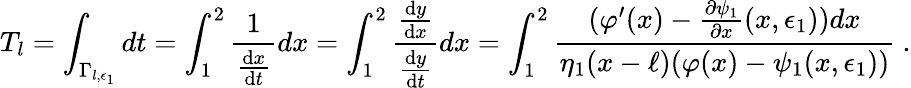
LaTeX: T_{l}=\int_{\Gamma_{l,\epsilon_{1}}}dt=\int_{1}^{2}\frac{1}{\frac{\mathrm{d}x}{\mathrm{d}t}}dx=\int_{1}^{2}\frac{\frac{\mathrm{d}y}{\mathrm{d}x}}{\frac{\mathrm{d}y}{\mathrm{d}t}}dx=\int_{1}^{2}\frac{(\varphi^{\prime}(x)-\frac{\partial\psi_{1}}{\partial x}(x,\epsilon_{1}))dx}{\eta_{1}(x-\ell)(\varphi(x)-\psi_{1}(x,\epsilon_{1}))}\ .